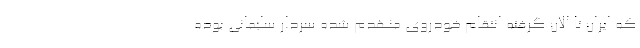
که ایران تا الان گرفته انتقام خودروی منهدم شده سردار سلیمانی بوده